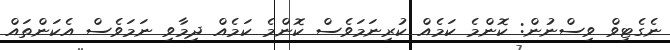
ނެގެޓިވް ވިސްނުން: ކޮންމެ ކަމެއް ކުރިނަމަވެސް ކޮންމެ ކަމެއް ދިމާވި ނަމަވެސް އެކަންތައް